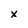
Character: x